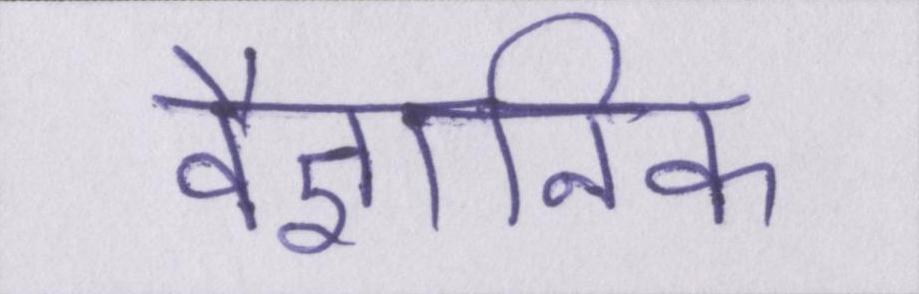
वैज्ञानिक